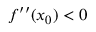
f ^ { \prime \prime } ( x _ { 0 } ) < 0